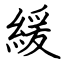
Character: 緩